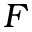
F